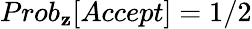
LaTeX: Prob_{\mathbf{z}}[Accept]=1/2